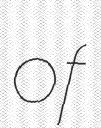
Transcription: of